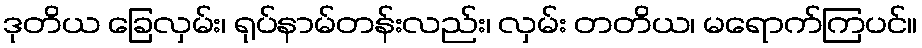
ဒုတိယ ခြေလှမ်း၊ ရုပ်နာမ်တန်းလည်း၊ လှမ်း တတိယ၊ မရောက်ကြပင်။